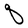
Character: q